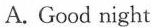
A. Good night